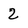
Character: 2